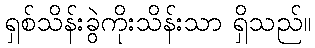
ရှစ်သိန်းခွဲကိုးသိန်းသာ ရှိသည်။